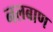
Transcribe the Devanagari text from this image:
नलबाण